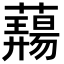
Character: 𬟎